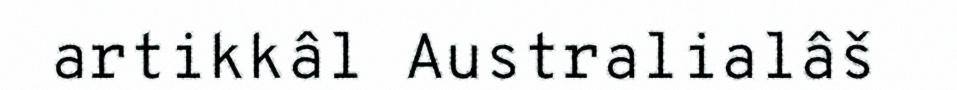
artikkâl Australialâš